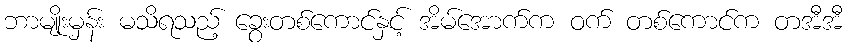
ဘာမျိုးမှန်း မသိရသည့် ခွေးတစ်ကောင်နှင့် အိမ်အောက်က ဝက် တစ်ကောင်က တအီအီ